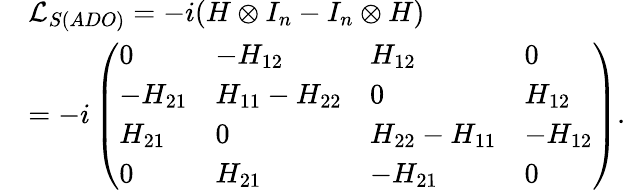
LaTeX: \begin{array}{rl}&{{\mathcal{L}_{S(ADO)}}=-i(H\otimes{{I}_{n}}-{{I}_{n}}\otimes H)}\\ &{=-i\left(\begin{array}{llll}{0}&{-{{H}_{12}}}&{{{H}_{12}}}&{0}\\ {-{{H}_{21}}}&{{{H}_{11}}-{{H}_{22}}}&{0}&{{{H}_{12}}}\\ {{{H}_{21}}}&{0}&{{{H}_{22}}-{{H}_{11}}}&{-{{H}_{12}}}\\ {0}&{{{H}_{21}}}&{-{{H}_{21}}}&{0}\end{array}\right).}\end{array}